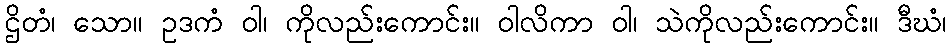
ဌိတံ၊ သော။ ဥဒကံ ဝါ၊ ကိုလည်းကောင်း။ ဝါလိကာ ဝါ၊ သဲကိုလည်းကောင်း။ ဒီဃံ၊